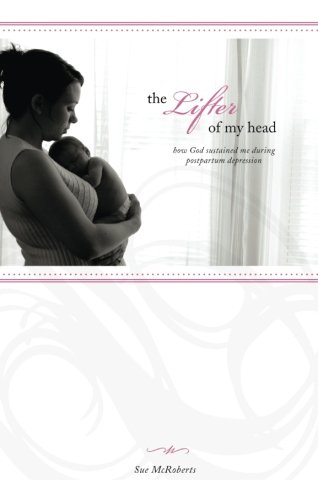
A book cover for The Lifter of My Head: How God Sustained Me During Postpartum Depression; Sue Mcroberts; Health, Fitness & Dieting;